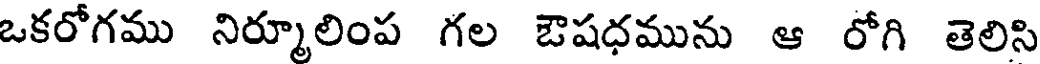
ఒకరోగము నిర్మూలింప గల ఔషధమును ఆ రోగి తెలిసి